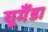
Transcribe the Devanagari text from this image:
यूगैंडा